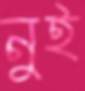
নুই